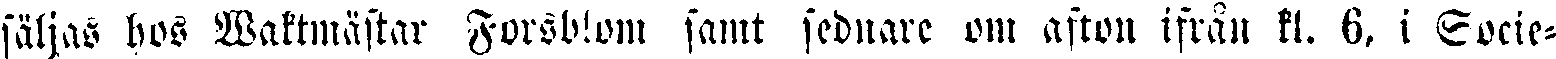
säljas hos Waktmästar Forsblom samt sednare om afton ifrån kl. 6, i Socie-